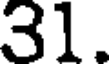
31.